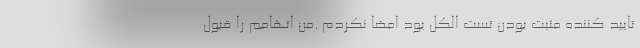
تایید کننده مثبت بودن تست الکل بود امضا نکردم .من اتهامم را قبول